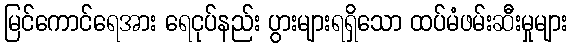
မြင်ကောင်ရေအား ရေငုပ်နည်း ပွားများရရှိသော ထပ်မံဖမ်းဆီးမှုများ